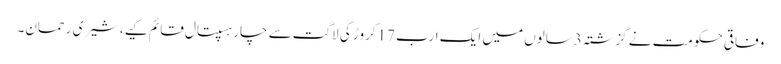
وفاقی حکومت نے گزشتہ3سالوں میں ایک ارب 17کروڑ کی لاگت سے چار ہسپتال قائم کیے،شیری رحمان۔